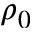
\rho _ { 0 }